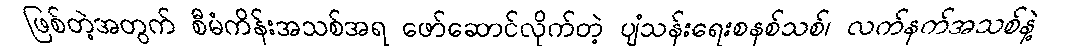
ဖြစ်တဲ့အတွက် စီမံကိန်းအသစ်အရ ဖော်ဆောင်လိုက်တဲ့ ပျံသန်းရေးစနစ်သစ်၊ လက်နက်အသစ်နဲ့